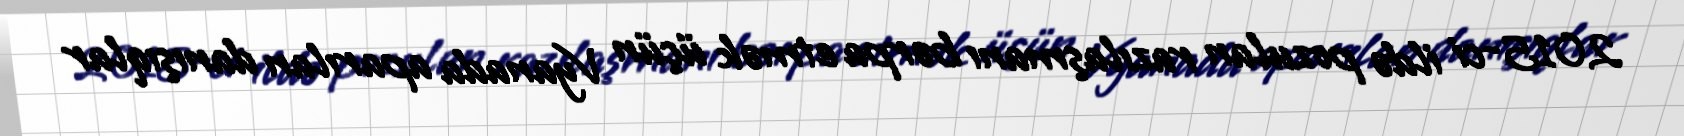
2015-ci ildə pozulan razılaşmanı bərpa etmək üçün Vyanada aparılan danışıqlar